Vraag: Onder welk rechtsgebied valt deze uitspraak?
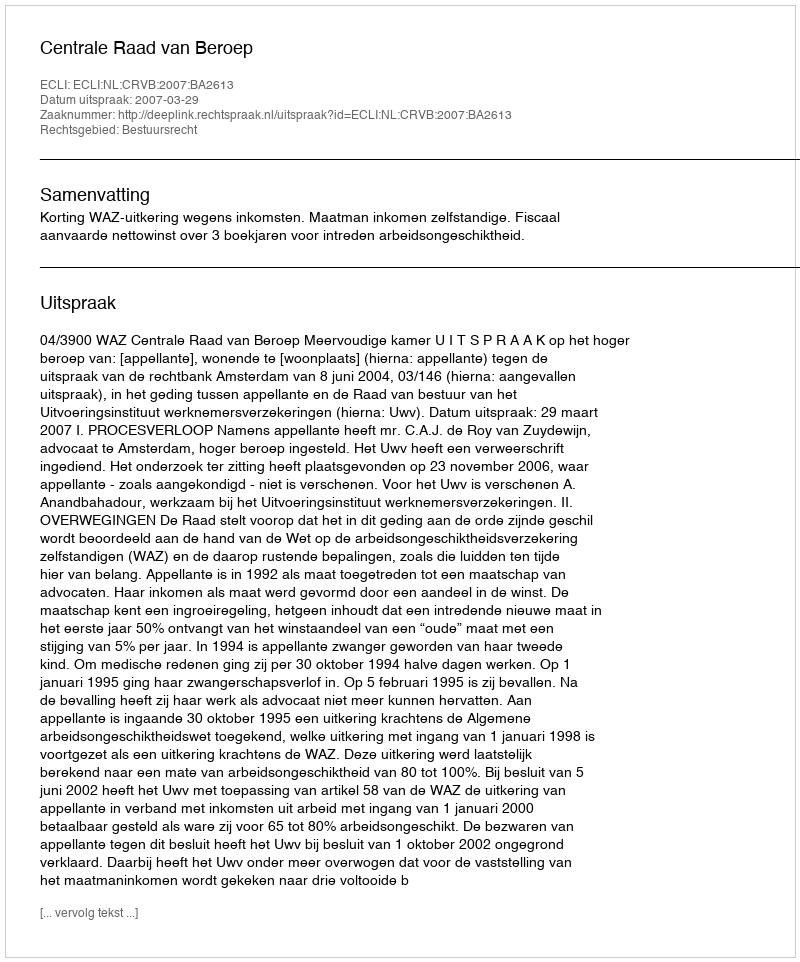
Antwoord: Bestuursrecht